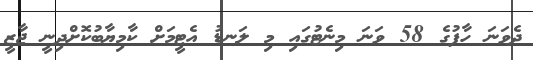
ދެވަނަ ހާފުގެ 58 ވަނަ މިނެޓުގައި މި ލަނޑު އެޓީމަށް ކާމިޔާބުކޮށްދިނީ ޖާޒީ